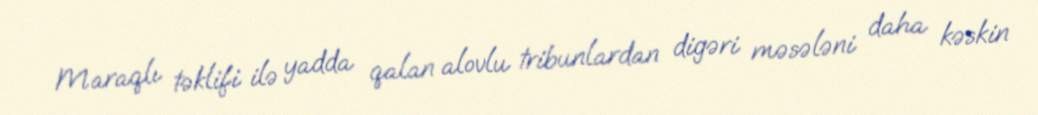
Maraqlı təklifi ilə yadda qalan alovlu tribunlardan digəri məsələni daha kəskin